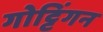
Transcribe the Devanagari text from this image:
गोट्टिंगन